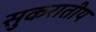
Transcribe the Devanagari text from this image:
सुकरातीय